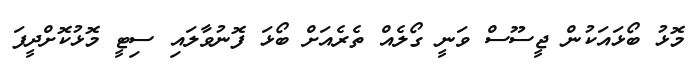
މޮޅު ބޯޅައަކުން ޖީސޫސް ވަނީ ގޯލެއް ތެރެއަށް ބޯޅަ ފޮނުވާލައި ސިޓީ މޮޅުކޮށްދީފަ